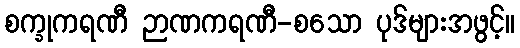
စက္ခုကရဏီ ဉာဏကရဏီ-စသော ပုဒ်များအဖွင့်။